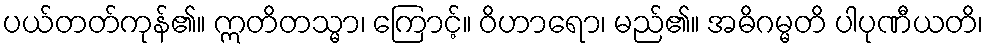
ပယ်တတ်ကုန်၏။ ဣတိတသ္မာ၊ ကြောင့်။ ဝိဟာရော၊ မည်၏။ အဓိဂမ္မတိ ပါပုဏီယတိ၊